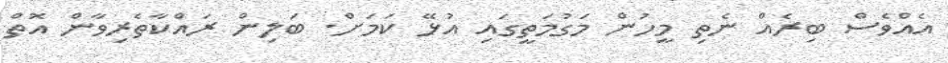
އެއްވެސް ބިރެއް ނެތި މީހުން މަގުމަތީގައި އުޅޭ ކަމަށް. ބަލިން ރައްކާތެރިވާން އޮތް